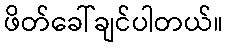
ဖိတ်ခေါ်ချင်ပါတယ်။